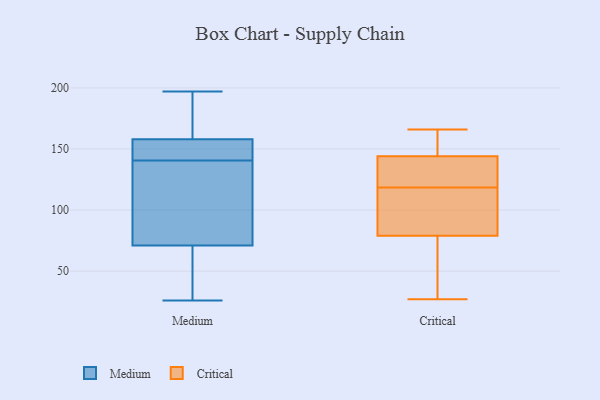
{"axis": {"x": "Waste Production (Tons)", "y": "Value"}, "legend": ["Critical", "Medium"], "data": [{"x": "", "y": 56, "type": "Medium"}, {"x": "", "y": 84, "type": "Medium"}, {"x": "", "y": 71, "type": "Medium"}, {"x": "", "y": 151, "type": "Medium"}, {"x": "", "y": 94, "type": "Medium"}, {"x": "", "y": 158, "type": "Medium"}, {"x": "", "y": 44, "type": "Medium"}, {"x": "", "y": 153, "type": "Medium"}, {"x": "", "y": 84, "type": "Medium"}, {"x": "", "y": 26, "type": "Medium"}, {"x": "", "y": 197, "type": "Medium"}, {"x": "", "y": 62, "type": "Medium"}, {"x": "", "y": 146, "type": "Medium"}, {"x": "", "y": 186, "type": "Medium"}, {"x": "", "y": 168, "type": "Medium"}, {"x": "", "y": 192, "type": "Medium"}, {"x": "", "y": 135, "type": "Medium"}, {"x": "", "y": 156, "type": "Medium"}, {"x": "", "y": 166, "type": "Critical"}, {"x": "", "y": 94, "type": "Critical"}, {"x": "", "y": 158, "type": "Critical"}, {"x": "", "y": 144, "type": "Critical"}, {"x": "", "y": 79, "type": "Critical"}, {"x": "", "y": 52, "type": "Critical"}, {"x": "", "y": 131, "type": "Critical"}, {"x": "", "y": 106, "type": "Critical"}, {"x": "", "y": 134, "type": "Critical"}, {"x": "", "y": 27, "type": "Critical"}]}